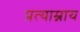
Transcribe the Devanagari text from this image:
प्रत्याम्नाय